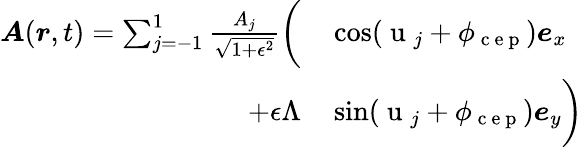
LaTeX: \begin{array}{rl}{\boldsymbol{A}(\boldsymbol{r},t)=\sum_{j=-1}^{1}\frac{A_{j}}{\sqrt{1+\epsilon^{2}}}\biggl(}&{{}\cos(\mathrm{~u~}_{j}+\phi_{\mathrm{~c~e~p~}})\boldsymbol{e}_{x}}\\ {+\epsilon\Lambda}&{{}\sin(\mathrm{~u~}_{j}+\phi_{\mathrm{~c~e~p~}})\boldsymbol{e}_{y}\biggr)}\end{array}